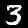
Digit: 3